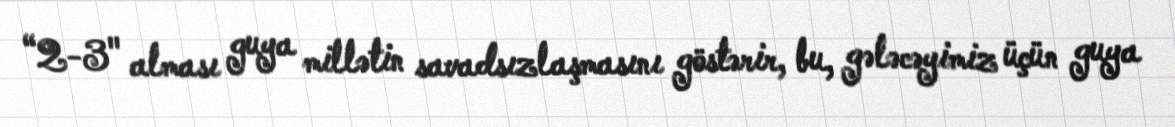
“2-3" alması guya millətin savadsızlaşmasını göstərir, bu, gələcəyimiz üçün guya